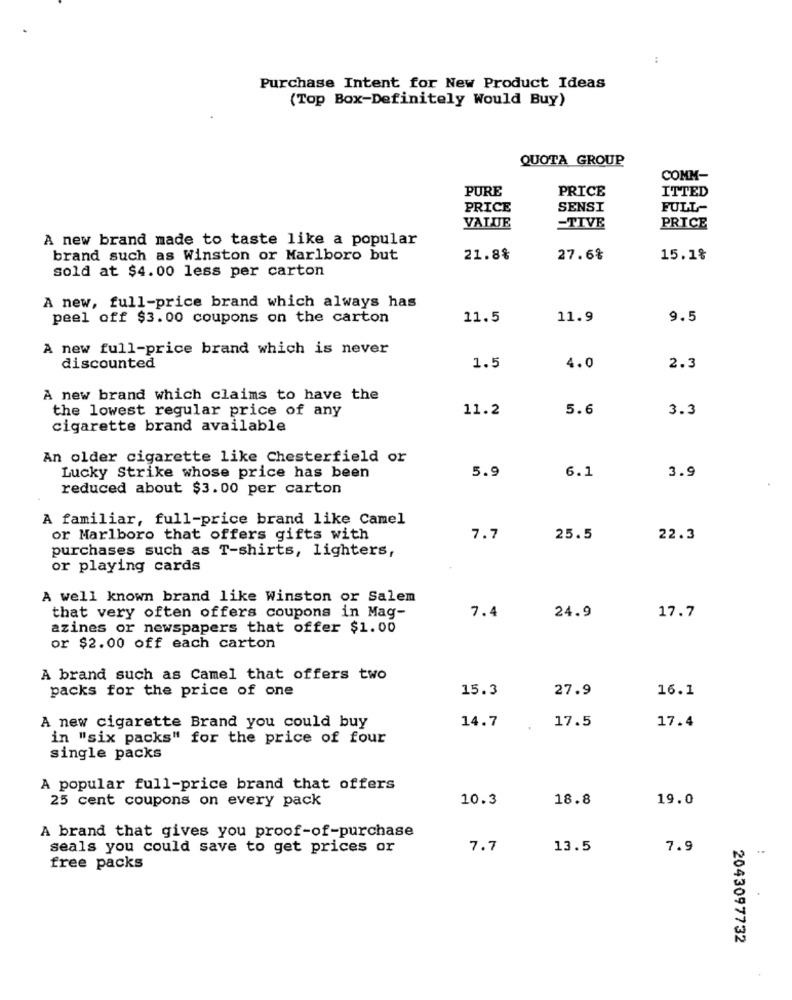
Purchase Intent for New Product Ideas
(Top Box-Definitely Would Buy)
QUOTA GROUP
COMM-
PURE
PRICE
ITTED
PRICE
SENSI
FULL-
VALUE
=TIVE
PRICE
A new brand made to taste like a popular
brand such as Winston or Marlboro but
21.8%
27.6%
15.1%
sold at $4.00 less per carton
A new, full-price brand which always has
peel off $3.00 coupons on the carton
11.5
11.9
9.5
A new full-price brand which is never
discounted
1.5
4.0
2.3
A new brand which claims to have the
the lowest regular price of any
11.2
5.6
3.3
cigarette brand available
An older cigarette like Chesterfield or
5.9
6.1
Lucky Strike whose price has been
3.9
reduced about $3.00 per carton
A familiar, full-price brand like Camel
or Marlboro that offers gifts with
7.7
25.5
22.3
purchases such as T-shirts, lighters,
or playing cards
A well known brand like Winston or Salem
24.9
that very often offers coupons in Mag-
7.4
17.7
azines or newspapers that offer $1.00
or $2.00 off each carton
A brand such as Camel that offers two
packs for the price of one
15.3
27.9
16.1
14.7
A new cigarette Brand you could buy
17.5
17.4
in "six packs" for the price of four
single packs
A popular full-price brand that offers
25 cent coupons on every pack
10.3
18.8
19.0
A brand that gives you proof-of-purchase
seals you could save to get prices or
7.7
13.5
7.9
..
free packs
2043097732